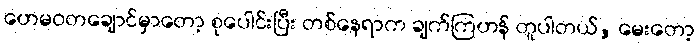
ဟေမဝတချောင်မှာတော့ စုပေါင်းပြီး တစ်နေရာက ချက်ကြဟန် တူပါတယ်, မေးတော့